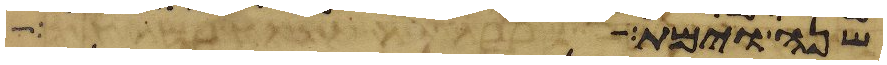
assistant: שנה וימת